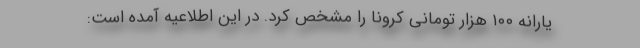
یارانه ۱۰۰ هزار تومانی کرونا را مشخص کرد. در این اطلاعیه آمده است: